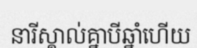
នារីស្គាល់គ្នាបីឆ្នាំហើយ